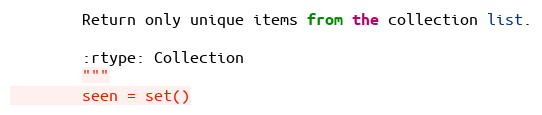
Language: Python
        Return only unique items from the collection list.

        :rtype: Collection
        """
        seen = set()